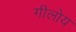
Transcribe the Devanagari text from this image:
गीलोय